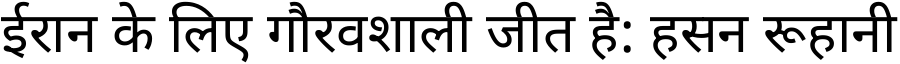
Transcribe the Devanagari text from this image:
ईरान के लिए गौरवशाली जीत है: हसन रूहानी